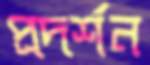
প্রদর্শন